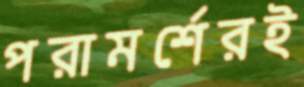
পরামর্শেরই